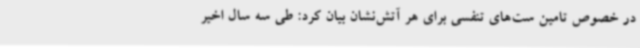
در خصوص تامین ست‌های تنفسی برای هر آتش‌نشان بیان کرد: طی سه سال اخیر